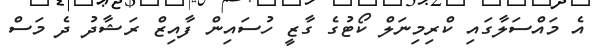
އެ މައްސަލާގައި ކްރިމިނަލް ކޯޓުގެ ގާޒީ ހުސައިން ފާއިޒް ރަޝާދު ދެ މަސް